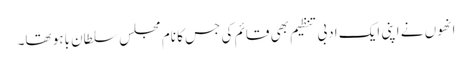
انھوں نے اپنی ایک ادبی تنظیم بھی قائم کی جس کا نام مجلس سلطان باہو تھا۔